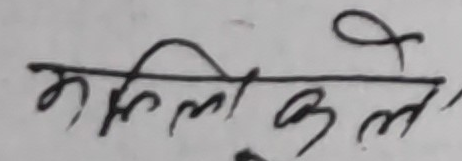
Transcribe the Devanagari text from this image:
मुस्लो काले''